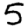
Digit: 5